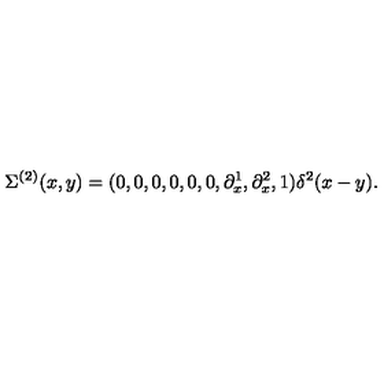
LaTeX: \Sigma ^ { ( 2 ) } ( x , y ) = ( 0 , 0 , 0 , 0 , 0 , 0 , \partial _ { x } ^ { 1 } , \partial _ { x } ^ { 2 } , 1 ) \delta ^ { 2 } ( x - y ) .